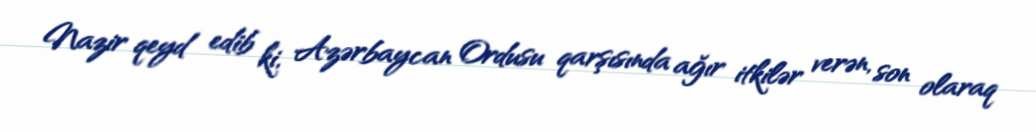
Nazir qeyd edib ki, Azərbaycan Ordusu qarşısında ağır itkilər verən, son olaraq